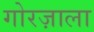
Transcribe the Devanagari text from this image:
गोरज़ाला